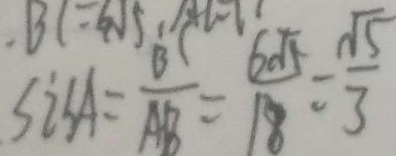
\sin A = \frac { B } { A B } = \frac { 6 \sqrt { 5 } } { 1 8 } = \frac { \sqrt { 5 } } { 3 }